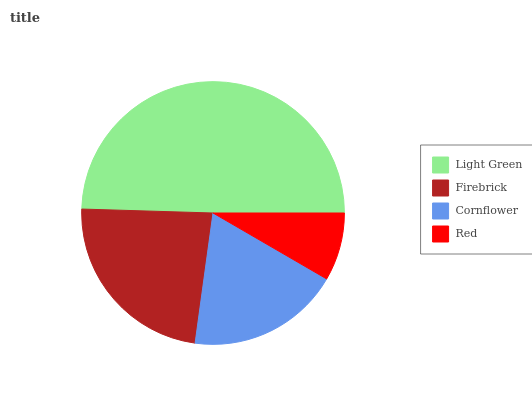
| Light Green | Firebrick | Cornflower | Red |
 | --- | --- | --- | --- |
 | 49.6% | 23.3% | 18.8% | 8.38% |